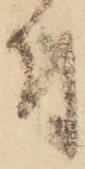
付